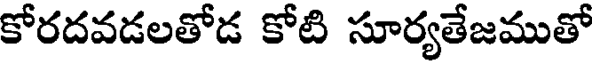
కోరదవడలతోడ కోటి సూర్యతేజముతో